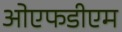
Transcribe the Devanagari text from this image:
ओएफडीएम